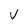
Character: V